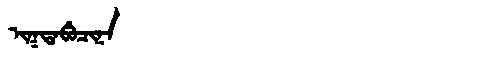
Manchu: ᡳᡴᡨᠠᠪᡠᠴᡳᠨᠠ
Romanization: IKTABUCINA